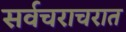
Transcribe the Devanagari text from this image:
सर्वचराचरात